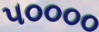
૫૦૦૦૦